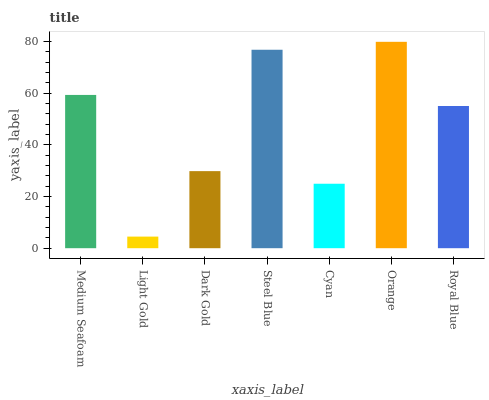
| xaxis_label | bars |
 | --- | --- |
 | Medium Seafoam | 59.3 |
 | Light Gold | 4.49 |
 | Dark Gold | 29.8 |
 | Steel Blue | 76.7 |
 | Cyan | 24.9 |
 | Orange | 79.8 |
 | Royal Blue | 55 |